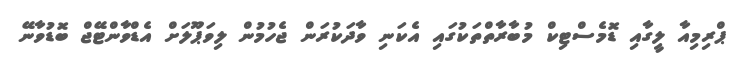
ޕްރިމިއާ ލީގާއި ޑޮމެސްޓިކް މުބާރާތްތަކުގައި އެކަނި ވާދަކުރަން ޖެހުމުން ލިވަޕޫލަށް އެޑްވާންޓޭޖް ބޮޑުވާނޭ